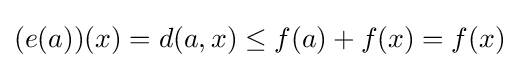
(e(a))(x)=d(a,x)\leq f(a)+f(x)=f(x)